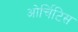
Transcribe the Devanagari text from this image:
ओर्चिटिस